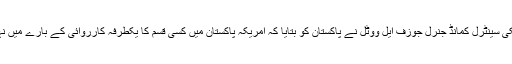
کمانڈر امریکی سینٹرل کمانڈ جنرل جوزف ایل ووٹل نے پاکستان کو بتایا کہ امریکہ پاکستان میں کسی قسم کا یکطرفہ کارروائی کے بارے میں نہیں سوچ رہا۔